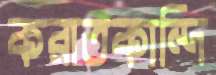
করাতকান্দি